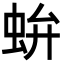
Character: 𧉤